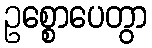
ဥစ္စောပေတွာ